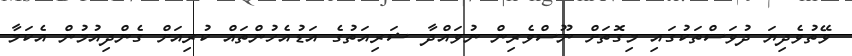
ވޭތުވެދިޔަ ދުވަސްތަކުގައި މިގޮތަށް ނޫސްވެރިން ނުވައްދާ ޝަރިއަތުގެ އަޑުއެހުންތައް ކުރިއަށް ގެންދިއުމުން އެކަމާ